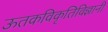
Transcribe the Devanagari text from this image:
ऊतकविकृतिविज्ञानी